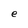
Character: e